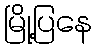
မြို့ပြနေ